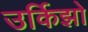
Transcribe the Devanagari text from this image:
उर्किझो